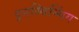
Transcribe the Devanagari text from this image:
इनस्विन्गिंग